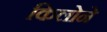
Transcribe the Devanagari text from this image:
किलोने